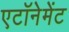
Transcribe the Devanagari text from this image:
एटॉनेमेंट